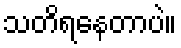
သတိရနေတာပဲ။